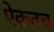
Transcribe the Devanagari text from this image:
ऐकतच